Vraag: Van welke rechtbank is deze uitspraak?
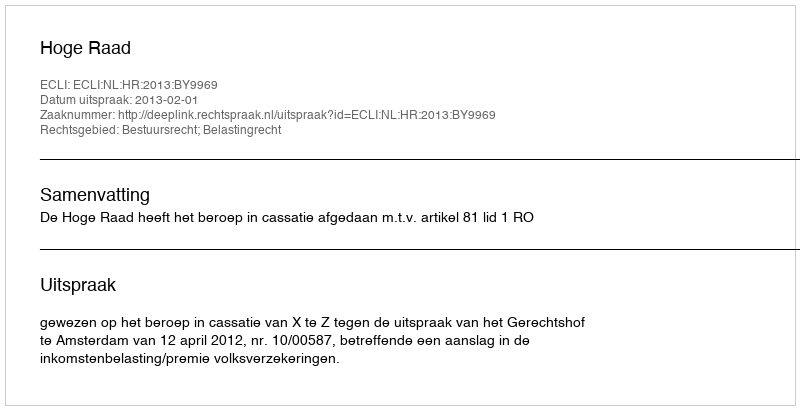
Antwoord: Hoge Raad